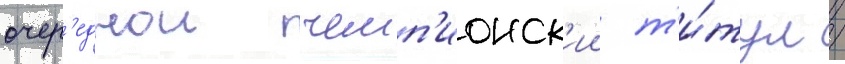
очер'еднои чемп'ионск'ии т'и́тул /